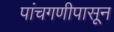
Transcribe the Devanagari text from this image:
पांचगणीपासून